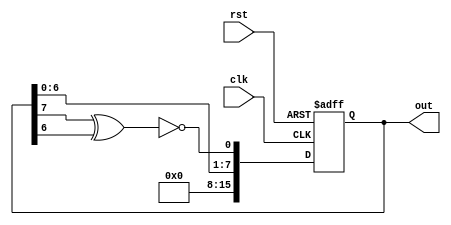
module LFSR(clk, rst, out);
	input clk, rst;
	output reg [15:0] out;
	
	wire feedback;

	//Configure so that lower 8 bits of register get the random hex number.
	assign feedback = ~(out[7] ^ out[6]);
	
	always@(posedge clk, negedge rst) begin
		if(!rst)
			out = 16'b0;
		else 
			out = {8'b0,out[6:0],feedback};
	end

endmodule